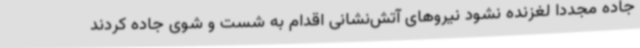
جاده مجددا لغزنده نشود نیروهای آتش‌نشانی اقدام به شست و شوی جاده کردند